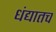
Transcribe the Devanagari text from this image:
धंद्यातच